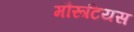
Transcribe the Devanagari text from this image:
मौरूटियस